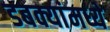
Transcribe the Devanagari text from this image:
डबक्यांमध्ये